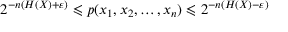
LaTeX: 2 ^ { - n ( H ( X ) + \varepsilon ) } \leqslant p ( x _ { 1 } , x _ { 2 } , \dots , x _ { n } ) \leqslant 2 ^ { - n ( H ( X ) - \varepsilon ) }